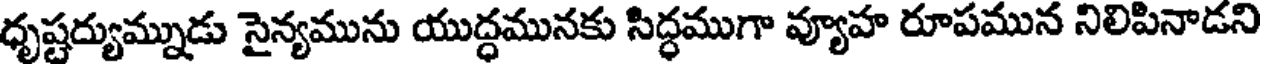
ధృష్టద్యుమ్నుడు సైన్యమును యుద్ధమునకు సిద్ధముగా వ్యూహ రూపమున నిలిపినాడని